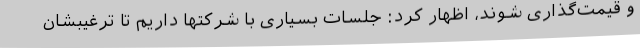
و قیمت‌گذاری شوند، اظهار کرد: جلسات بسیاری با شرکتها داریم تا ترغیبشان